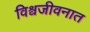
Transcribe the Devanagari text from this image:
विश्वजीवनात